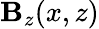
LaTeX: \mathbf{B}_{z}(x,z)